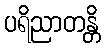
ပရိညာတန္တိ